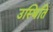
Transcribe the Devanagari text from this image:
उस्थिति